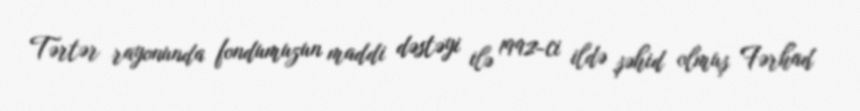
Tərtər rayonunda fondumuzun maddi dəstəyi ilə 1992-ci ildə şəhid olmuş Fərhad